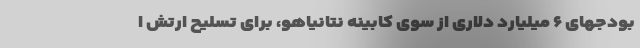
بودجهای ۶ میلیارد دلاری از سوی کابینه نتانیاهو، برای تسلیح ارتش ا